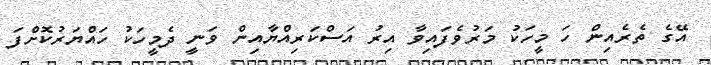
އޭގެ ތެރެއިން ހަ މީހަކު މަރުވެފައިވާ އިރު އަސްކަރިއްޔާއިން ވަނީ ދެމީހަކު ހައްޔަރުކޮށްފަ